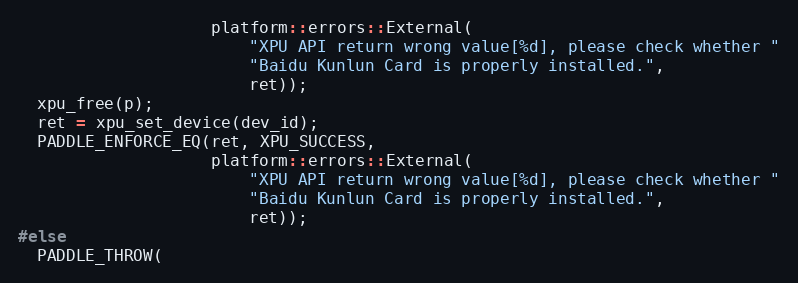
Language: C++
                    platform::errors::External(
                        "XPU API return wrong value[%d], please check whether "
                        "Baidu Kunlun Card is properly installed.",
                        ret));
  xpu_free(p);
  ret = xpu_set_device(dev_id);
  PADDLE_ENFORCE_EQ(ret, XPU_SUCCESS,
                    platform::errors::External(
                        "XPU API return wrong value[%d], please check whether "
                        "Baidu Kunlun Card is properly installed.",
                        ret));
#else
  PADDLE_THROW(